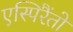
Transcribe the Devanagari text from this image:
एस्पिरैंतो